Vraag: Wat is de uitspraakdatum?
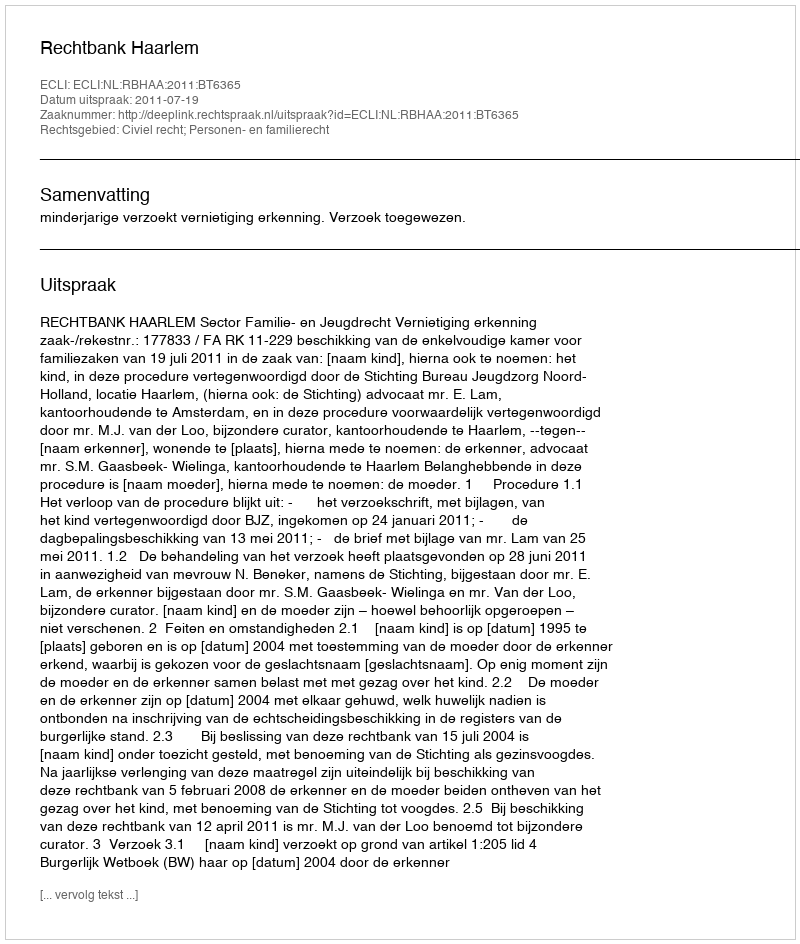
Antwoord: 2011-07-19